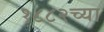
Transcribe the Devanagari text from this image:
१८८२च्या